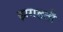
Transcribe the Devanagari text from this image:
झगडती